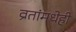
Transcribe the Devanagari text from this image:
व्रतांमधेही